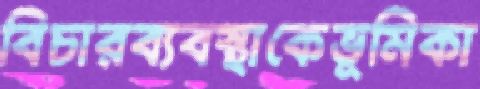
বিচারব্যবস্থাকেভূমিকা